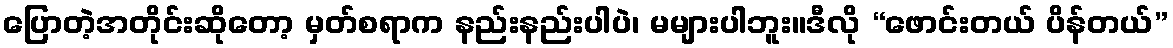
ပြောတဲ့အတိုင်းဆိုတော့ မှတ်စရာက နည်းနည်းပါပဲ၊ မများပါဘူး။ဒီလို “ဖောင်းတယ် ပိန်တယ်”